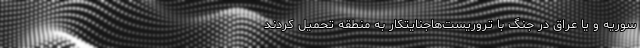
سوریه و یا عراق در جنگ با تروریست‌هاجنایتکار به منطقه تحمیل کردند